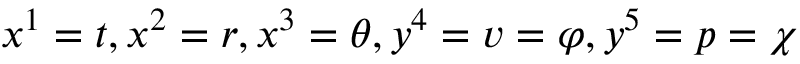
x ^ { 1 } = t , x ^ { 2 } = r , x ^ { 3 } = \theta , y ^ { 4 } = v = \varphi , y ^ { 5 } = p = \chi